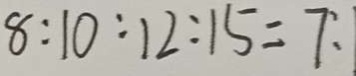
8 : 1 0 : 1 2 : 1 5 = 7 :